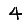
Digit: 4